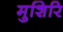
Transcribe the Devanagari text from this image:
मुशिरि